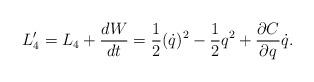
LaTeX: \begin{align*}L'_{4}=L_{4}+\frac{dW}{dt}=\frac{1}{2}(\dot{q})^{2}-\frac{1}{2}q^{2}+\frac{\partial C}{\partial q}\dot{q}.\end{align*}